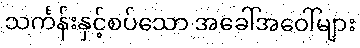
သင်္ကန်းနှင့်စပ်သော အခေါ်အဝေါ်များ